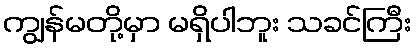
ကျွန်မတို့မှာ မရှိပါဘူး သခင်ကြီး